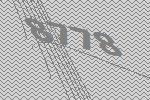
8778